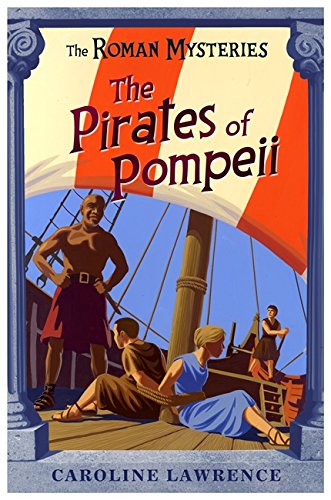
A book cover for The Pirates of Pompeii (The Roman Mysteries); Caroline Lawrence; Teen & Young Adult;